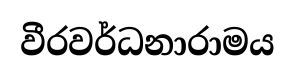
වීරවර්ධනාරාමය